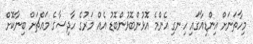
މިހާތަނަށް އިންޑިއާގައި ހިނގި އެންމެ އޮޅުންބޮޅުންބޮޑު އެއް މަރުގެ ހާދިސާގެ މައްޗަށް ބިނާކޮށް